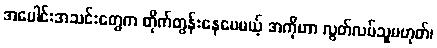
အပေါင်းအသင်းတွေက တိုက်တွန်းနေပေမယ့် အကိုဟာ လွတ်လပ်သူမဟုတ်၊